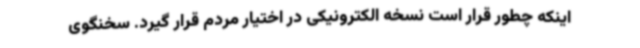
اینکه چطور قرار است نسخه الکترونیکی در اختیار مردم قرار گیرد. سخنگوی